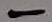
Text: -